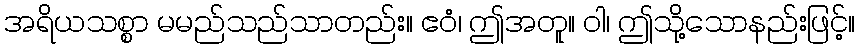
အရိယသစ္စာ မမည်သည်သာတည်း။ ဧဝံ၊ ဤအတူ။ ဝါ၊ ဤသို့သောနည်းဖြင့်။